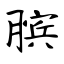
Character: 膑